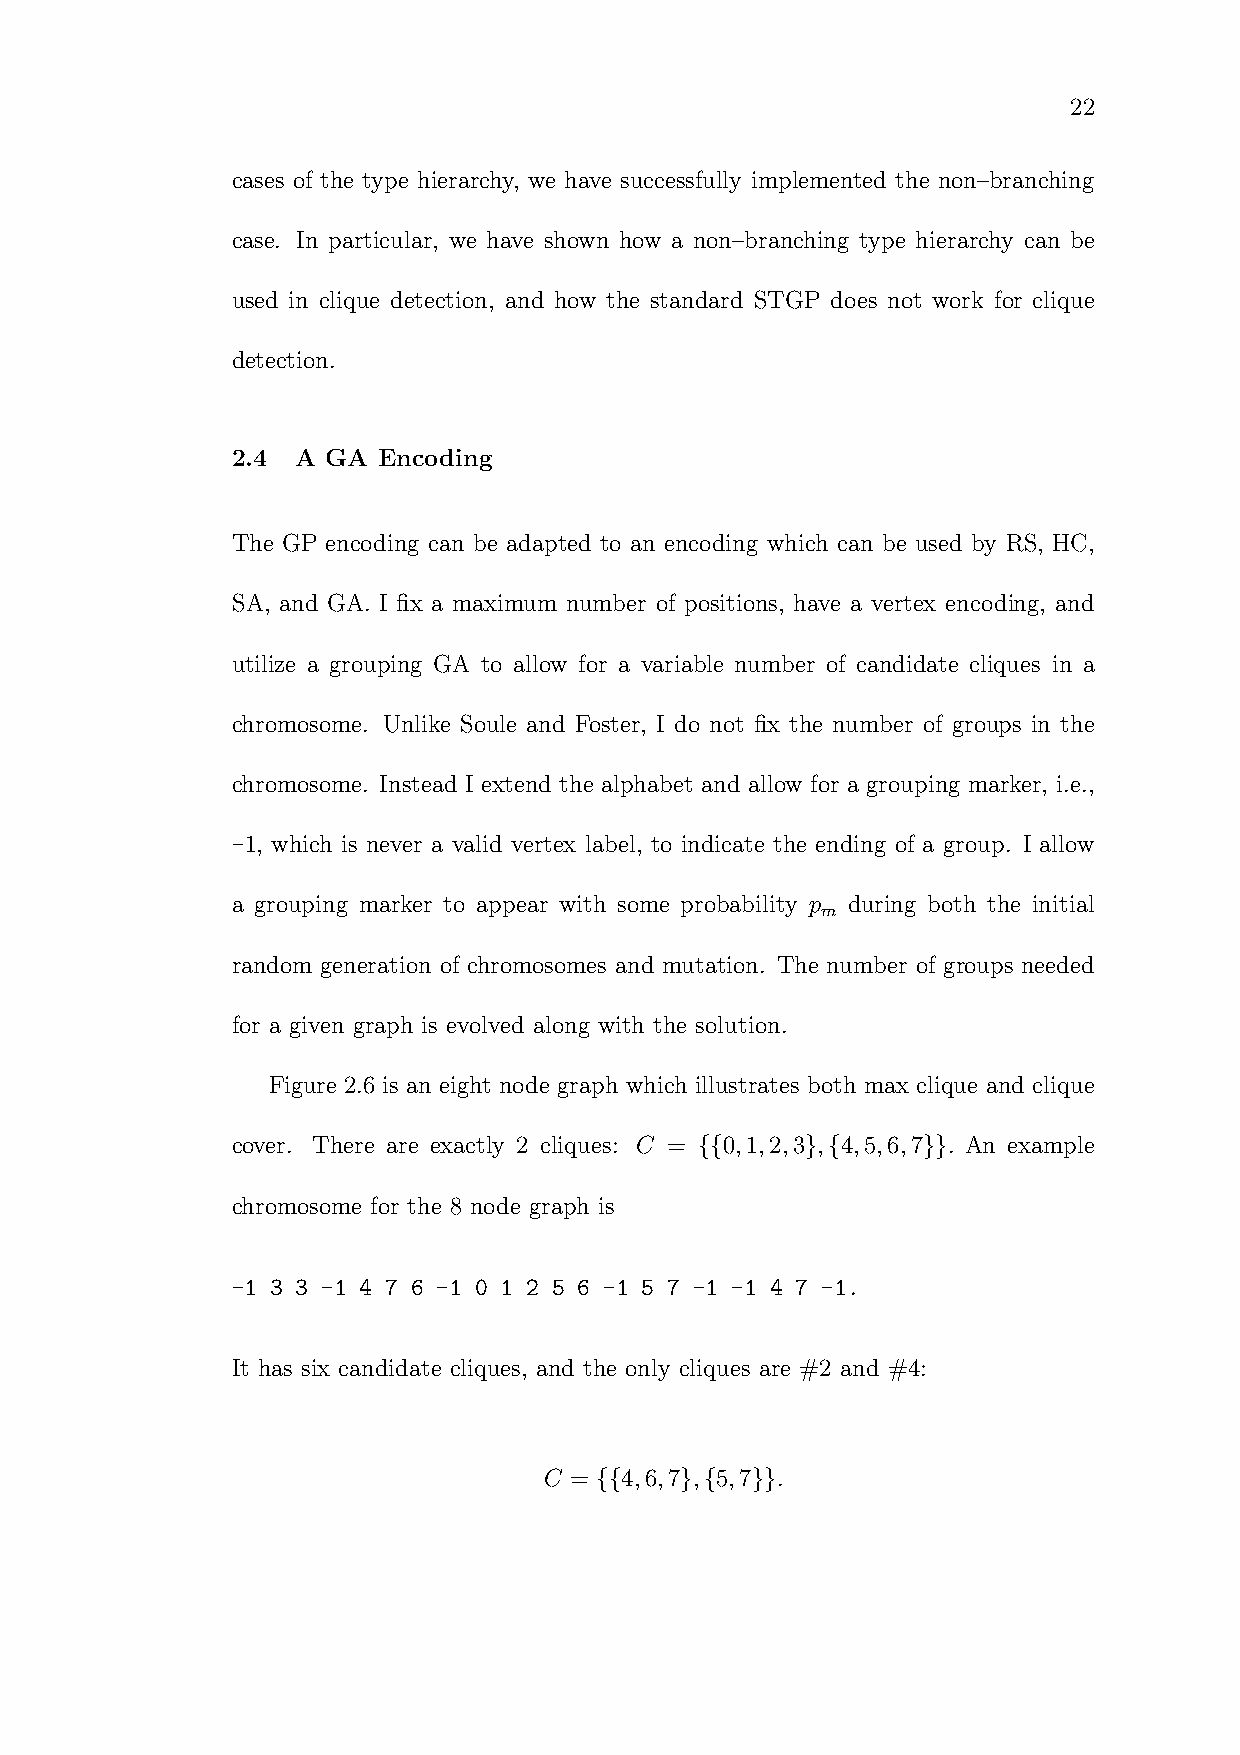
22
 cases of the type hierarchy, we have successfully implemented the non–branching
 case. In particular, we have shown how a non–branching type hierarchy can be
 used in clique detection, and how the standard STGP does not work for clique
 detection.
 2.4  A GA Encoding
 The GP encoding can be adapted to an encoding which can be used by RS, HC,
 SA, and GA. I fix a maximum number of positions, have a vertex encoding, and
 utilize a grouping GA to allow for a variable number of candidate cliques in a
 chromosome. Unlike Soule and Foster, I do not fix the number of groups in the
 chromosome. Instead I extend the alphabet and allow for a grouping marker, i.e.,
 -1, which is never a valid vertex label, to indicate the ending of a group. I allow
 a grouping marker to appear with some probability p during both the initial
 m
 random generation of chromosomes and mutation. The number of groups needed
 for a given graph is evolved along with the solution.
 Figure 2.6 is an eight node graph which illustrates both max clique and clique
 cover. There are exactly 2 cliques: C = {{0,1,2,3},{4,5,6,7}}. An example
 chromosome for the 8 node graph is
 -1 3 3 -1 4 7 6 -1 0 1 2 5 6 -1 5 7 -1 -1 4 7 -1.
 It has six candidate cliques, and the only cliques are #2 and #4:
 C = {{4,6,7},{5,7}}.